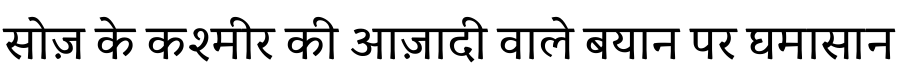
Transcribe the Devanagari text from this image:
सोज़ के कश्मीर की आज़ादी वाले बयान पर घमासान